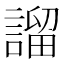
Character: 𧪭